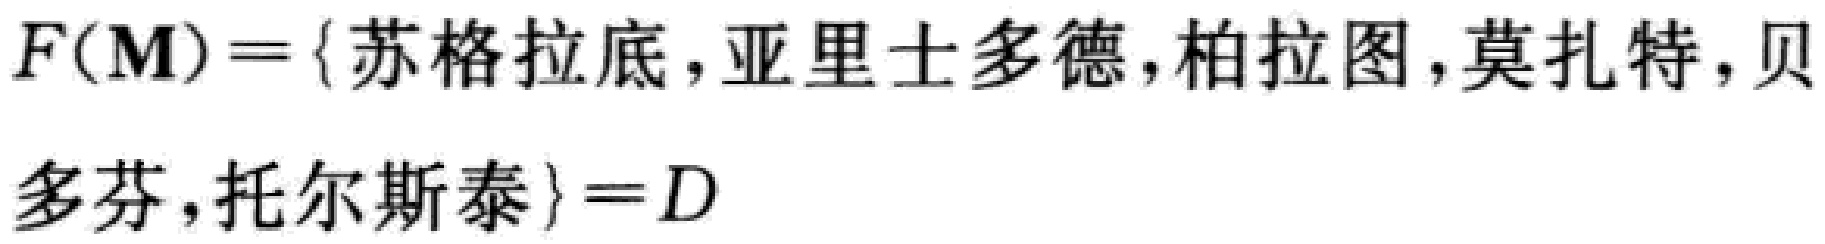
$F(\mathbf{M}) = \{苏格拉底,亚里士多德,柏拉图,莫扎特,贝多芬,托尔斯泰\}=D$